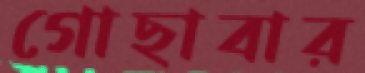
গোছাবার